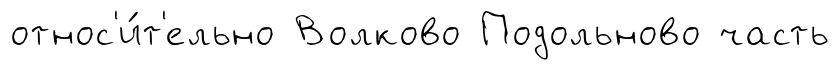
относ'и́т'ельно Волково Подольново часть